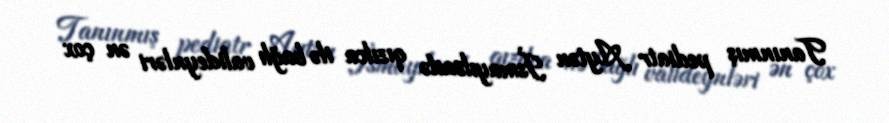
Tanınmış pediatr Aytən İsmayılzadə qızılca ilə bağlı valideynləri ən çox